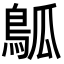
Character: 𬷊